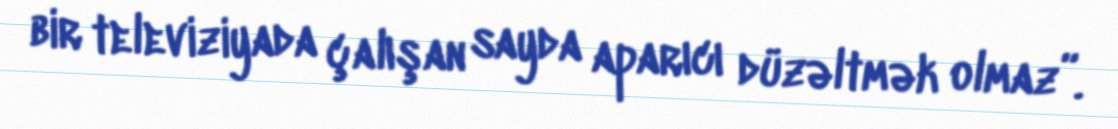
bir televiziyada çalışan sayda aparıcı düzəltmək olmaz”.